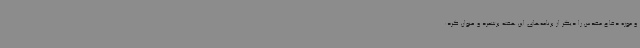
و موزه دفاع مقدس را دیگر از برنامه‌های این هفته برشمرد و عنوان کرد: